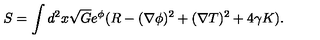
S = \int d ^ { 2 } x \sqrt { G } e ^ { \phi } ( R - ( \nabla \phi ) ^ { 2 } + ( \nabla T ) ^ { 2 } + 4 \gamma K ) . \nonumber